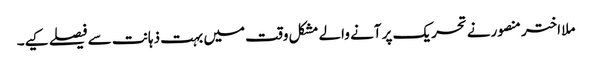
ملا اختر منصورنے تحریک پر آنے والے مشکل وقت میں بہت ذہانت سے فیصلے کیے۔